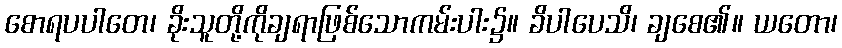
စောရပပါတေ၊ ခိုးသူတို့ကိုချရာဖြစ်သောကမ်းပါး၌။ ခိပါပေသိ၊ ချစေ၏။ ယတော၊